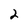
Character: 2